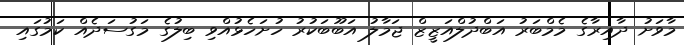
މާވަށު ދާއިރާގެ މެމްބަރު އަބްދުލްއަޒީޒް ޖަމާލު އަބޫބަކުރު ހުށަހެޅުއްވި ބިލުގެ މަގުސަދެއް ކަމުގައި